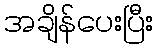
အချိန်ပေးပြီး